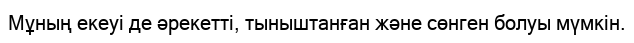
Мұның екеуі де әрекетті, тыныштанған және сөнген болуы мүмкін.